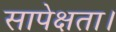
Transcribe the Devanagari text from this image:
सापेक्षता।